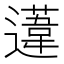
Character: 𨗨